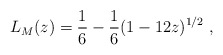
\begin{align*} L_M(z) = \frac 16 - \frac 16 (1- 12z )^{1/2} ~,\end{align*}